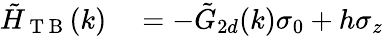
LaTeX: \begin{array}{rl}{\tilde{H}_{\mathrm{~T~B~}}(k)}&{{}=-\tilde{G}_{2d}(k)\sigma_{0}+h\sigma_{z}}\end{array}